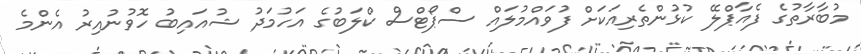
މުބާރާތުގެ ފެއާޕްލޭ ކުޅުންތެރިއަކަށް ފުވައްމުލައް ސްޕޯޓްސް ކްލަބުގެ އަހުމަދު ޝުއައިބު ހޮވުނުއިރު އެންމެ